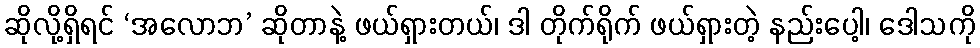
ဆိုလို့ရှိရင် ‘အလောဘ’ ဆိုတာနဲ့ ဖယ်ရှားတယ်၊ ဒါ တိုက်ရိုက် ဖယ်ရှားတဲ့ နည်းပေါ့၊ ဒေါသကို